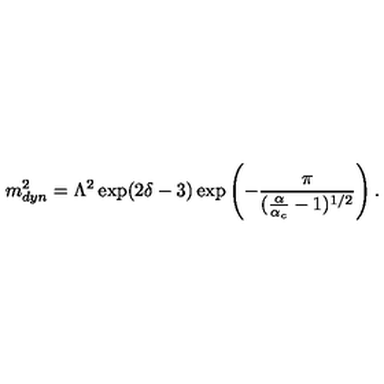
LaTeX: m _ { d y n } ^ { 2 } = \Lambda ^ { 2 } \exp ( 2 \delta - 3 ) \exp \left( - \frac { \pi } { ( \frac { \alpha } { \alpha _ { c } } - 1 ) ^ { 1 / 2 } } \right) .